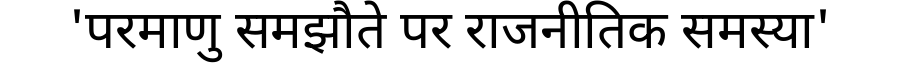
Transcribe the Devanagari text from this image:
'परमाणु समझौते पर राजनीतिक समस्या'